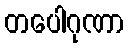
တပေါဂုဏာ